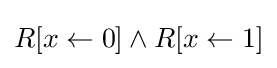
R[x\leftarrow 0]\wedge R[x\leftarrow 1]